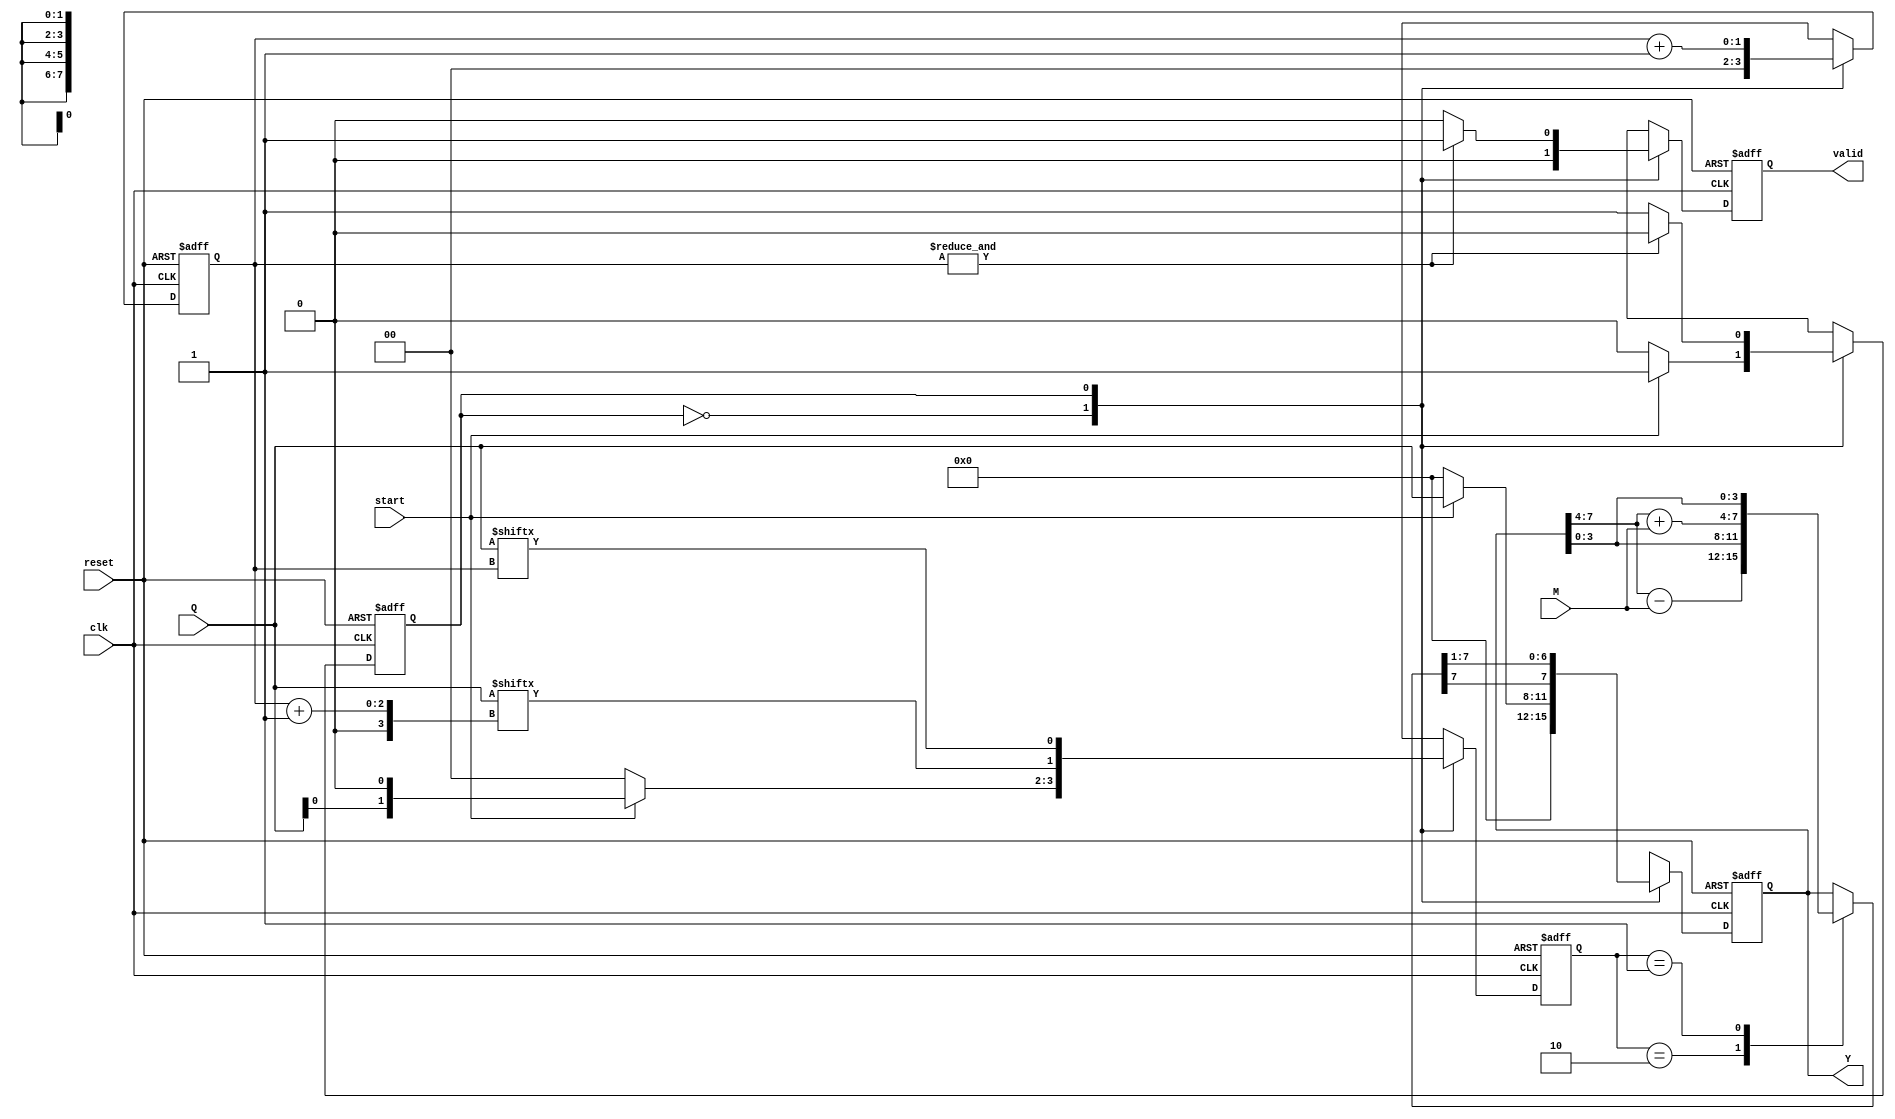
//Booths Algoritm singed multiplecation
module Booths_Multiplication#(parameter NUMBER_OF_BITS = 4)
                             (input signed[NUMBER_OF_BITS-1:0] M,Q,
							  input clk,reset,start,
							  output reg signed [(2*NUMBER_OF_BITS)-1:0] Y,
							   output reg valid);


reg signed [(2*NUMBER_OF_BITS)-1:0] next_Y,Y_temp;
reg next_state, pres_state;
reg [1:0] temp,next_temp;
reg [1:0] count,next_count;
reg  next_valid;

parameter IDLE = 1'b0;
parameter START = 1'b1;

always @ (posedge clk or negedge reset)
begin
if(!reset)
begin
  Y          <= 8'd0;
  valid      <= 1'b0;
  pres_state <= IDLE;
  temp       <= 2'd0;
  count      <= 2'd0;
end
else
begin
  Y          <= next_Y;
  valid      <= next_valid;
  pres_state <= next_state;
  temp       <= next_temp;
  count      <= next_count;
end
end

always @ (*)
begin 
case(pres_state)
IDLE:
begin
next_count = 2'b0;
next_valid = 1'b0;
if(start)
begin
    next_state = START;
    next_temp  = {Q[0],1'b0};
    next_Y     = {4'd0,Q};
end
else
begin
    next_state = pres_state;
    next_temp  = 2'd0;
    next_Y     = 8'd0;
end
end

START:
begin
    case(temp)
    2'b10:   Y_temp = {Y[7:4]-M,Y[3:0]};
    2'b01:   Y_temp = {Y[7:4]+M,Y[3:0]};
    default: Y_temp = {Y[7:4],Y[3:0]};
    endcase
next_temp  = {Q[count+1],Q[count]};
next_count = count + 1'b1;
next_Y     = Y_temp >>> 1;
next_valid = (&count) ? 1'b1 : 1'b0; 
next_state = (&count) ? IDLE : pres_state;	
end
endcase
end
endmodule